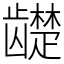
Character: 𬺓